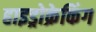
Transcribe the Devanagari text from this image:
हाइड्रोक्रेकिंग